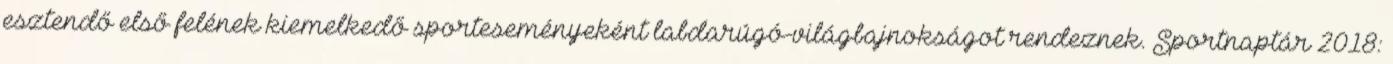
esztendő első felének kiemelkedő sporteseményeként labdarúgó-világbajnokságot rendeznek. Sportnaptár 2018: